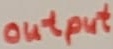
Text: output